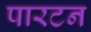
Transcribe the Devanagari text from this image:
पारटन